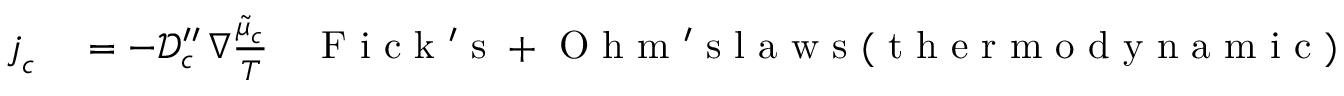
\begin{array} { r l r } { \boldsymbol { j } _ { c } } & { { } = - \mathcal { D } _ { c } ^ { \prime \prime } \, \nabla \frac { \widetilde { \mu } _ { c } } { T } } & { \mathrm { ~ F ~ i ~ c ~ k ~ ' ~ s ~ + ~ O ~ h ~ m ~ ' ~ s ~ l ~ a ~ w ~ s ~ ( ~ t ~ h ~ e ~ r ~ m ~ o ~ d ~ y ~ n ~ a ~ m ~ i ~ c ~ ) ~ } } \end{array}